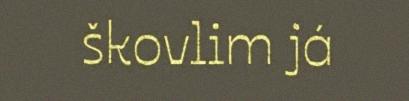
škovlim já